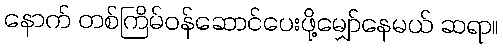
နောက် တစ်ကြိမ်ဝန်ဆောင်ပေးဖို့မျှော်နေမယ် ဆရာ။